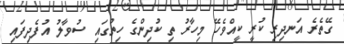
ގޭތެރެ އަނދިރި ކުރީ ކީއްވެހޭ މިހާރު ތި ކުދިންގެ ހިތުގައި ސުވާލު އުފެދިފައި